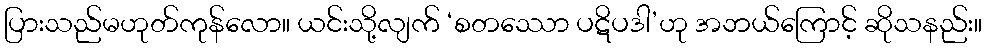
ပြားသည်မဟုတ်ကုန်လော။ ယင်းသို့လျက် ‘စတဿော ပဋိပဒါ’ဟု အဘယ်ကြောင့် ဆိုသနည်း။